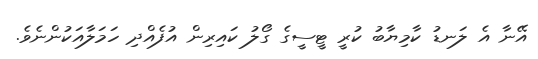
އޭނާ އެ ލަނޑު ކާމިޔާބު ކުރީ ޓީސީގެ ގޯލު ކައިރިން އުފެއްދި ހަމަލާއަކުންނެވެ.